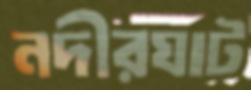
নদীরঘাট